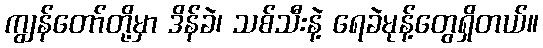
ကျွန်တော်တို့မှာ ဒိန်ခဲ၊ သစ်သီးနဲ့ ရေခဲမုန့်တွေရှိတယ်။